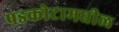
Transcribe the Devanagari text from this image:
पडकोटामधील